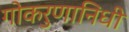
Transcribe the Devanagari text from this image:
गोकरुणानिधी